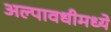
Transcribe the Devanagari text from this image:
अल्पावधीमध्ये